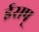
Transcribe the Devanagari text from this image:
ईसप्